画像に写った文字を読んでください
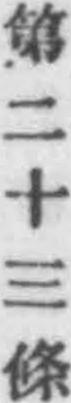
「第二十三條」と書いてあります